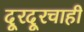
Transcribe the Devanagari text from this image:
दूरदूरचाही